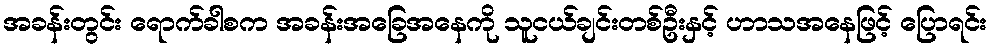
အခန်းတွင်း ရောက်ခါစက အခန်းအခြေအနေကို သူငယ်ချင်းတစ်ဦးနှင့် ဟာသအနေဖြင့် ပြောရင်း